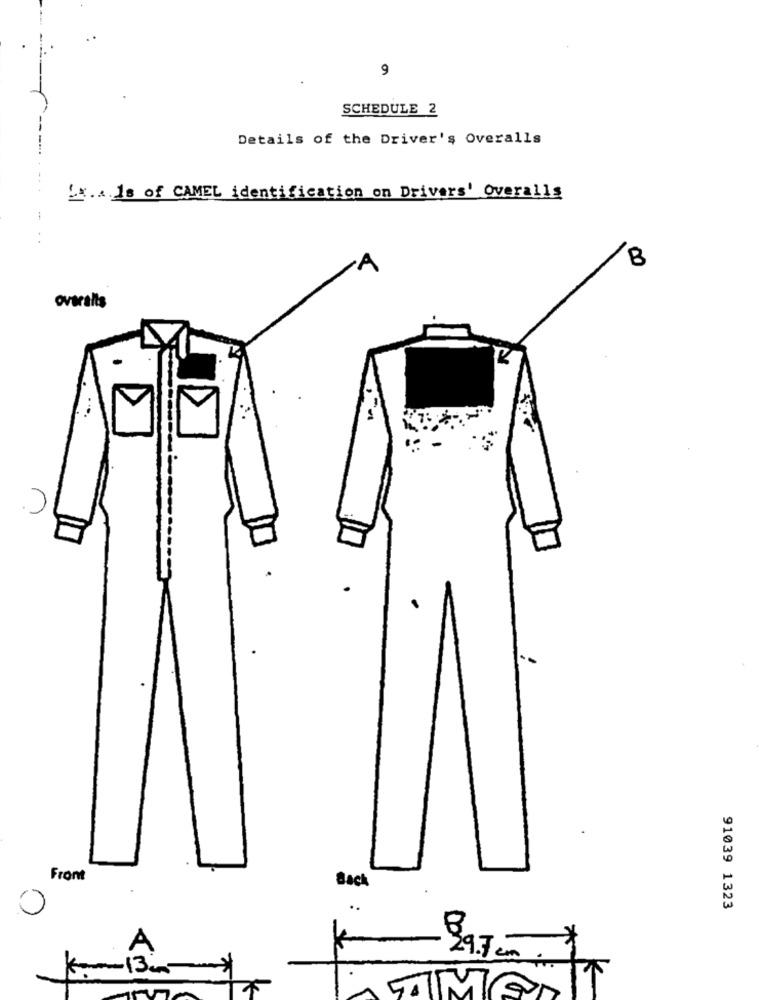
9
SCHEDULE 2
Details of the Driver's Overalls
[x.als of CAMEL identification on Drivers' Overalls
.... . ... .. . .
B
overalls
Front
Back
..
91039 1323
A
29.7 cm
.7
Kom 13 cm